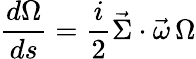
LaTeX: \frac{d\Omega}{ds}=\frac{i}{2}\vec{\Sigma}\cdot\vec{\omega}\, \Omega